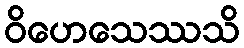
ဝိဟေသေဿသိ